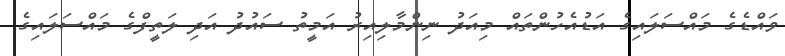
ވައްޑެގެ މައްސަލައިގެ އަޑުއެހުންތައް މިއަދު ނިންމާލިއިރު އަމީތު ސައުދު އަދި ލަތީފްގެ މައްސަަލައިގެ